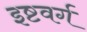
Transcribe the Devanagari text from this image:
इष्टवर्ग